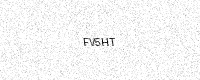
Text: FV5HT